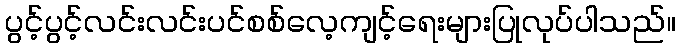
ပွင့်ပွင့်လင်းလင်းပင်စစ်လေ့ကျင့်ရေးများပြုလုပ်ပါသည်။